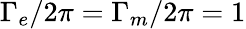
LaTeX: \Gamma_{e}/2\pi=\Gamma_{m}/2\pi=1